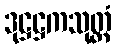
ဒုဋ္ဌဋ္ဌကသုတ္တံ